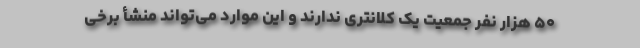
۵۰ هزار نفر جمعیت یک کلانتری ندارند و این موارد می‌تواند منشأ برخی